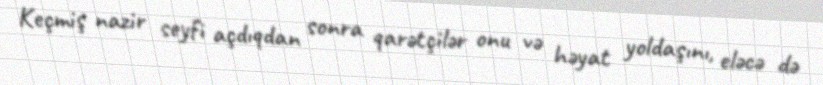
Keçmiş nazir seyfi açdıqdan sonra qarətçilər onu və həyat yoldaşını, eləcə də